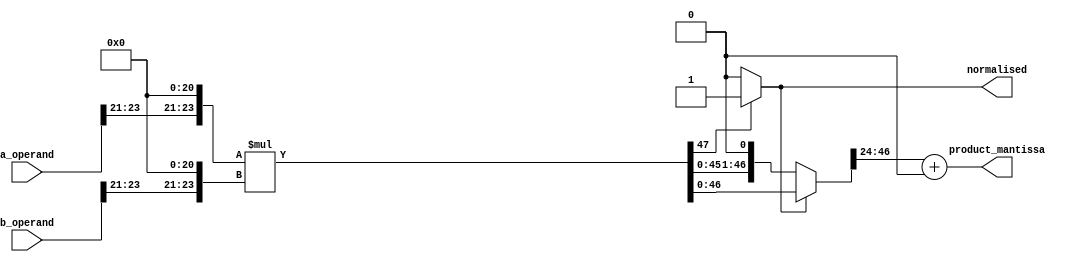

module Mult_mant_approx(
		input [30:0] a_operand,
		input [30:0] b_operand,
		output normalised,
		output [22:0] product_mantissa
		);

localparam r = 3;

wire product_round;
wire [23:0] hidden_a, hidden_b;
wire [47:0] product, product_normalised; //48 Bits
wire a_normal, b_normal;

// Check hidden bit
assign a_normal = (|a_operand[30:23]) ? 1'b1 : 1'b0;
assign b_normal = (|b_operand[30:23]) ? 1'b1 : 1'b0;

assign hidden_a = (a_normal) ? ({1'b1, a_operand[22:0]}) : ({1'b0, a_operand[22:0]});
assign hidden_b = (b_normal) ? ({1'b1, b_operand[22:0]}) : ({1'b0, b_operand[22:0]});

//for the sake of multiplication
genvar i;
wire [23:0] a, b;
generate 
for (i = 0; i < 24; i = i + 1) begin
	if (i > 23-r) begin
		assign a[i] = a_operand[i];
		assign b[i] = b_operand[i];
	end
	else begin
		assign a[i] = 1'b0;
		assign b[i] = 1'b0;
	end

end
endgenerate

assign product = a * b;

// Can omit
assign product_round =  1'b0;//|product_normalised[22:0];  //Ending 22 bits are OR'ed for rounding operation.
 
// Normalize signal
assign normalised = product[47] ? 1'b1 : 1'b0;	

// Normalize the product
assign product_normalised = (normalised) ? (product) : (product << 1);	//Assigning Normalised value based on 48th bit

//Final Manitssa.
assign product_mantissa = product_normalised[46:24] + (product_normalised[23] & product_round);  

endmodule